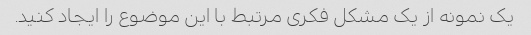
یک نمونه از یک مشکل فکری مرتبط با این موضوع را ایجاد کنید.